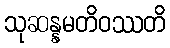
သုဆန္နမတိဝဿတိ